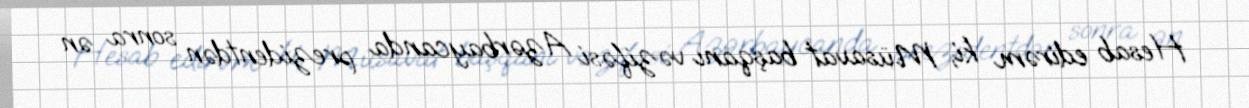
Hesab edirəm ki, Müsavat başqanı vəzifəsi Azərbaycanda prezidentdən sonra ən